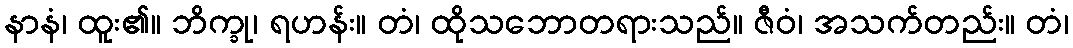
နာနံ၊ ထူး၏။ ဘိက္ခု၊ ရဟန်း။ တံ၊ ထိုသဘောတရားသည်။ ဇီဝံ၊ အသက်တည်း။ တံ၊